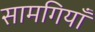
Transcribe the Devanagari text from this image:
सामगियाँ